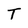
Character: T